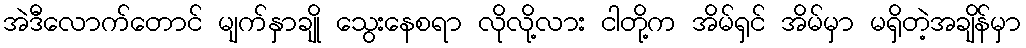
အဲဒီလောက်တောင် မျက်နှာချို သွေးနေစရာ လိုလို့လား ငါတို့က အိမ်ရှင် အိမ်မှာ မရှိတဲ့အချိန်မှာ